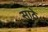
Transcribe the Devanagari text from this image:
साठेे